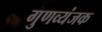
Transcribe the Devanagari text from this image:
गुणव्यंजक